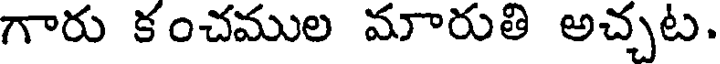
గారు కంచముల మారుతి అచ్చట.